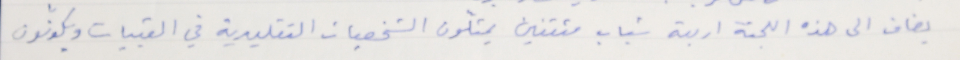
يضاف الى هذه اللجنة اربعة شباب مثقفين يمثلّون الشخصيات التقليدية في القبيات ويكونون